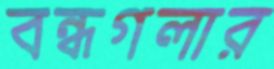
বন্ধগলার